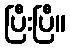
ပြီးပြီ။